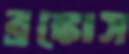
ব্রঙ্কোস